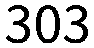
303